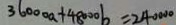
3 6 0 0 0 a + 4 8 0 0 0 b = 2 4 0 0 0 0